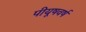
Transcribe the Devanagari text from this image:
पीयूषवर्ष